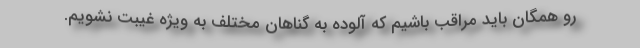
رو همگان باید مراقب باشیم که آلوده به گناهان مختلف به ویژه غیبت نشویم.